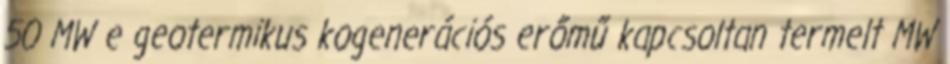
50 MW e geotermikus kogenerációs erőmű kapcsoltan termelt MW